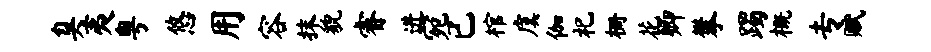
臭夷粤悠用容抹貌睿进宛已棺虞伽祀栅花卿攀躅概专赋